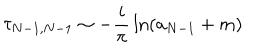
\tau _ { N - 1 , N - 1 } \sim - { \frac { i } { \pi } } \ln ( a _ { N - 1 } + m )